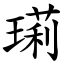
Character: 㻳